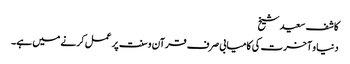
کاشف سعید شیخ
دنیا و آخرت کی کامیابی صرف قرآن و سنت پر عمل کرنے میں ہے۔